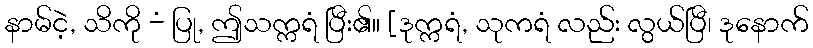
နာမ်ငဲ့, သိကို -ံ ပြု, ဤသက္ကရံ ပြီး၏။ [ဒုက္ကရံ, သုကရံ လည်း လွယ်ပြီ၊ ဒုနောက်